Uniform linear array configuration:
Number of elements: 8
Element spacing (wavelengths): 0.75
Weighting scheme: hamming
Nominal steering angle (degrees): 45
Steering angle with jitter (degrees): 46.539
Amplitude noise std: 0.05
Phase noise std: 0.05

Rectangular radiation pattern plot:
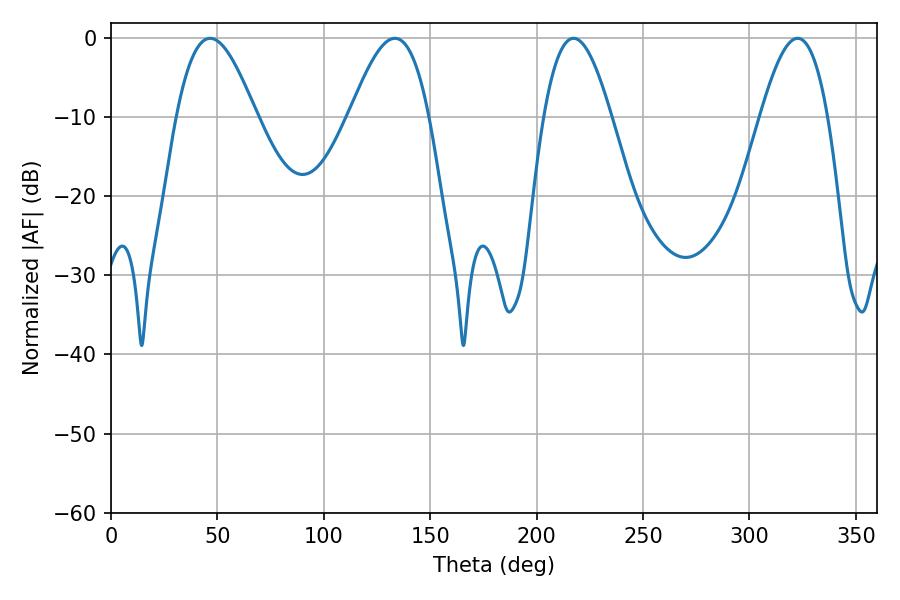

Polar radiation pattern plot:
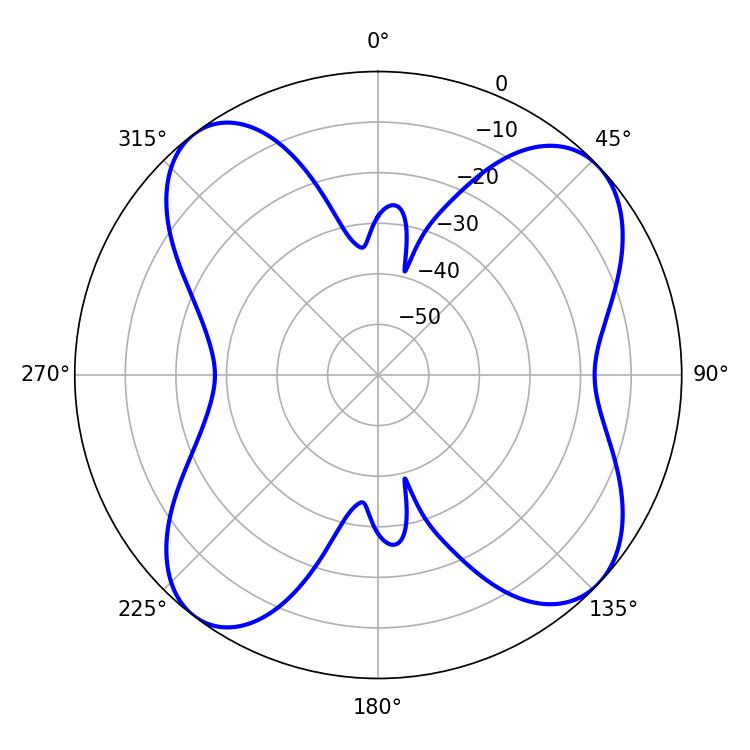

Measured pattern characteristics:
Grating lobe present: TRUE
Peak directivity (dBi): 10.555
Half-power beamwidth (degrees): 20.16
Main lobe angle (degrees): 46.62